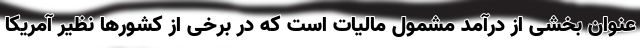
عنوان بخشی از درآمد مشمول مالیات است که در برخی از کشورها نظیر آمریکا